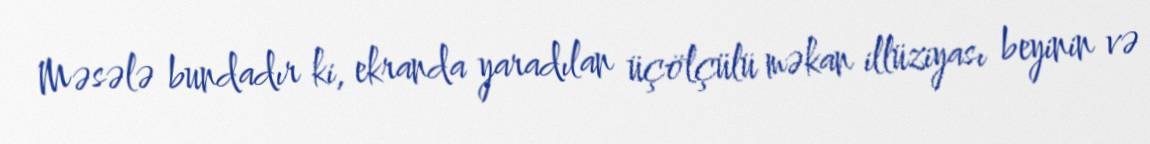
Məsələ bundadır ki, ekranda yaradılan üçölçülü məkan illüziyası beyinin və